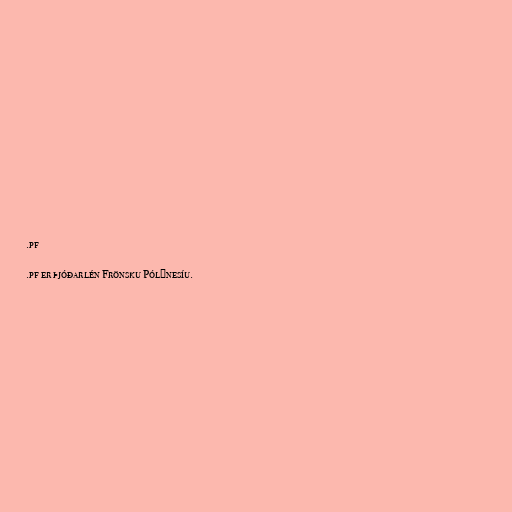
.pf

.pf er þjóðarlén Frönsku Pólýnesíu.